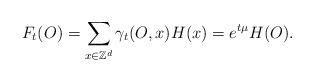
LaTeX: \begin{align*}F_t(O)=\sum_{x\in \mathbb{Z}^d}\gamma_t(O,x)H(x)=e^{t\mu}H(O).\end{align*}